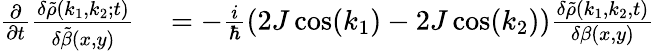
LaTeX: \begin{array}{rl}{\frac{\partial}{\partial t}\frac{\delta\tilde{\rho}(k_{1},k_{2};t)}{\delta\tilde{\beta}(x,y)}}&{{}=-\frac{i}{\hbar}(2J\cos(k_{1})-2J\cos(k_{2}))\frac{\delta\tilde{\rho}(k_{1},k_{2},t)}{\delta\beta(x,y)}}\end{array}